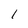
Character: l